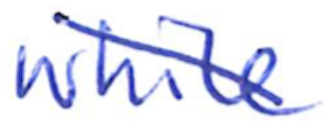
Text: while
Cross-out: diagonal
Writing tool: ballpoint